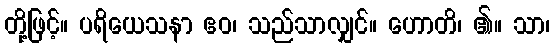
တို့ဖြင့်။ ပရိယေသနာ ဧဝ၊ သည်သာလျှင်။ ဟောတိ၊ ၏။ သာ၊